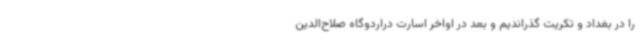
را در بغداد و تکریت گذراندیم و بعد در اواخر اسارت دراردوگاه صلاح‌الدین